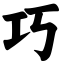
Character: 巧